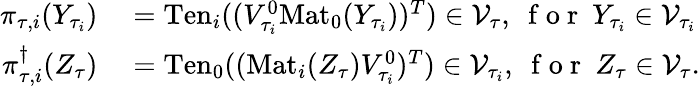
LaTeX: \begin{array}{rl}{\pi_{\tau,i}(Y_{\tau_{i}})}&{{}=\mathrm{Ten}_{i}((V_{\tau_{i}}^{0}\mathrm{Mat}_{0}(Y_{\tau_{i}}))^{T})\in\mathcal{V}_{\tau},\ \mathrm{~f~o~r~}\ Y_{\tau_{i}}\in\mathcal{V}_{\tau_{i}}}\\ {\pi_{\tau,i}^{\dagger}(Z_{\tau})}&{{}=\mathrm{Ten}_{0}((\mathrm{Mat}_{i}(Z_{\tau})V_{\tau_{i}}^{0})^{T})\in\mathcal{V}_{\tau_{i}},\ \mathrm{~f~o~r~}\ Z_{\tau}\in\mathcal{V}_{\tau}.}\end{array}